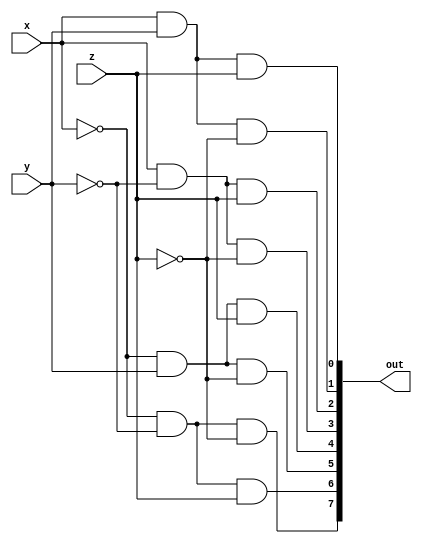
module DECODER(out, x, y, z);
  input x, y, z;
  output  [0:7]out;
  wire  x0, y0, z0;
  not g1(x0, x);
  not g2(y0, y);
  not g3(z0, z);
  and g4(out[0], x0, y0, z0);
  and g5(out[1], x0, y0, z);
  and g6(out[2], x0, y, z0);
  and g7(out[3], x0, y, z);
  and g8(out[4], x, y0, z0);
  and g9(out[5], x, y0, z);
  and g10(out[6], x, y, z0);
  and g11(out[7], x, y, z);
endmodule

module  FADDER(carry, sum, x, y, z);
  input x, y, z;
  output  sum, carry;
  wire  [0:7] d; 
  DECODER dec(d, x, y, z);
  assign  sum = d[1] | d[2] | d[4] | d[7],
          carry = d[3] | d[5] | d[6] | d[7];
endmodule

module FADDER8(carry, sum, A, B, CarryIn);
  input [7:0] A, B;
  input CarryIn;
  output  [7:0]sum;
  output  carry;
  wire  c1, c2, c3, c4, c5, c6, c7;
  FADDER  mod1(c1, sum[0], A[0], B[0], CarryIn);
  FADDER  mod2(c2, sum[1], A[1], B[1], c1);
  FADDER  mod3(c3, sum[2], A[2], B[2], c2);
  FADDER  mod4(c4, sum[3], A[3], B[3], c3);
  FADDER  mod5(c5, sum[4], A[4], B[4], c4);
  FADDER  mod6(c6, sum[5], A[5], B[5], c5);
  FADDER  mod7(c7, sum[6], A[6], B[6], c6);
  FADDER  mod8(carry, sum[7], A[7], B[7], c7);
endmodule

module FADDER32(carry, sum, A, B, CarryIn);
  input [31:0] A, B;
  input CarryIn;
  output  [31:0]sum;
  output  carry;
  wire  c1, c2, c3; 
  FADDER8  mod1(c1, sum[7:0], A[7:0], B[7:0], CarryIn);
  FADDER8  mod2(c2, sum[15:8], A[15:8], B[15:8], c1);
  FADDER8  mod3(c3, sum[23:16], A[23:16], B[23:16], c2);
  FADDER8  mod4(carry, sum[31:24], A[31:24], B[31:24], c3);
endmodule

module testbench_32BFA;
  reg [31:0] A, B;
  reg CarryIn;
  wire  [31:0]Sum;
  wire  Carry;
  integer i, j;
  FADDER32 mod(Carry, Sum, A, B, CarryIn);
  initial
    begin
      $monitor($time," A = %b, B = %b, Carry In = %b, Carry = %b, Sum = %b.", A, B, CarryIn, Carry, Sum);
      #0 A=32'b11110000000000000000000000000000; B=32'b00000000000000000000000000000111; CarryIn=1'b0;
      #5 A=32'b11111111111111111111111111111111; B=32'b11111111111111111111111111111111; CarryIn=1'b0;
      #5 A=32'b11110000000000001111000000000000; B=32'b00001010101000000000000000000111; CarryIn=1'b1;
    end
endmodule